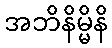
အဘိနိမ္မိနိ